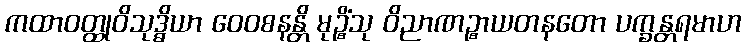
ကထာဝတ္ထုဝိသုဒ္ဓိယာ ဝေဝစနန္တိ မုဉ္စိံသု ဝိညာဏဉ္စာယတနတော ပက္ခန္တရမာဟ